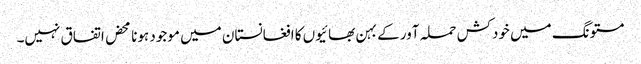
مستونگ میں خودکش حملہ آور کے بہن بھائیوں کا افغانستان میں موجود ہونا محض اتفاق نہیں۔